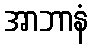
အာဘာနံ